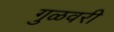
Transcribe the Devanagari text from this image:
गुळवरी